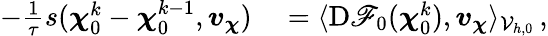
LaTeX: \begin{array}{rl}{-\frac{1}{\tau}s(\boldsymbol{\chi}_{0}^{k}-\boldsymbol{\chi}_{0}^{k-1},\boldsymbol{v}_{\boldsymbol{\chi}})}&{{}=\langle\mathrm{D}\mathscr{F}_{0}(\boldsymbol{\chi}_{0}^{k}),\boldsymbol{v}_{\boldsymbol{\chi}}\rangle_{\mathcal{V}_{h,0}}\, ,}\end{array}